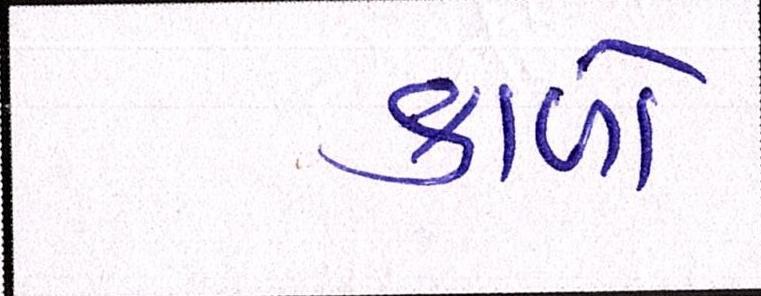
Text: કાળાં